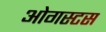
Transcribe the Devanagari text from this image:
ओगस्टस